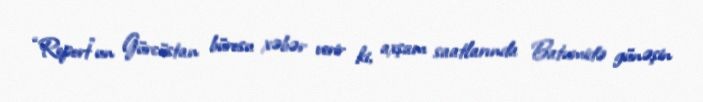
“Report”un Gürcüstan bürosu xəbər verir ki, axşam saatlarında Batumidə günəşin